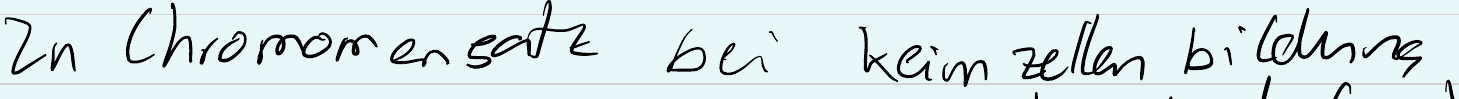
2n Chromonensatz bei keimzellenbildung